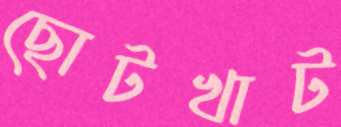
ছোটখাট